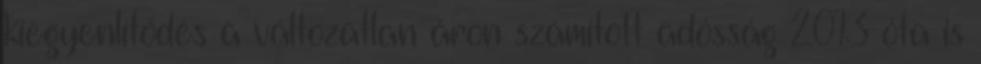
kiegyenlítődés a változatlan áron számított adósság 2013 óta is